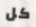
كل